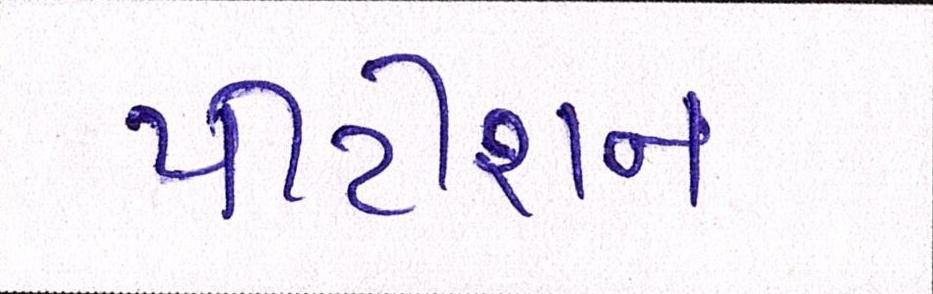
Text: પીટીશન